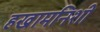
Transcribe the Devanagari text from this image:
हखामनिशी